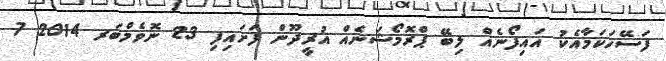
ފަސޭހަކަމާއެކު އައިފޯނެއް ލިބޭ ޕްރޮމޯޝަނެއް އުރީދޫން ފަށައިފި 23 ނޮވެމްބަރ 2014 7